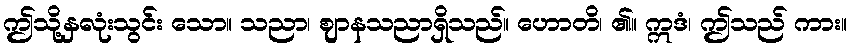
ဤသို့နှလုံးသွင်း သော။ သညာ၊ ဈာနသညာရှိသည်။ ဟောတိ၊ ၏။ ဣဒံ၊ ဤသည် ကား။